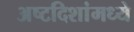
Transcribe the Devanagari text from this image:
अष्टदिशांमध्ये